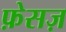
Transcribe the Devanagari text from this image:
फ़ेसज़